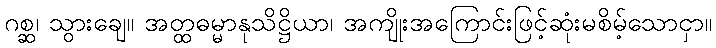
ဂစ္ဆ၊ သွားချေ။ အတ္ထဓမ္မာနုသိဋ္ဌိယာ၊ အကျိုးအကြောင်းဖြင့်ဆုံးမစိမ့်သောငှာ။